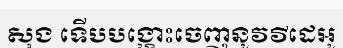
សុង ទើបបង្ហោះចេញនូវវីដេអូ